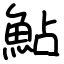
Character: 鮎